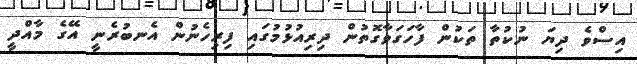
އިސްވެ ދިޔަ ނުކުތާ ތަކުން ފާހަގަވާގޮތުން ދިރިއުޅުމުގައި ފިރިހެނުން އެނބުރެނީ އޭގެ މާއްދީ